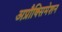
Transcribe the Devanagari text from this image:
अप्रौक्सिमेशन